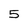
Character: 5